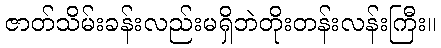
ဇာတ်သိမ်းခန်းလည်းမရှိဘဲတိုးတန်းလန်းကြီး။